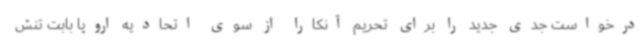
درخواست جدی جدید را برای تحریم آنکارا از سوی اتحادیه اروپا بابت تنش